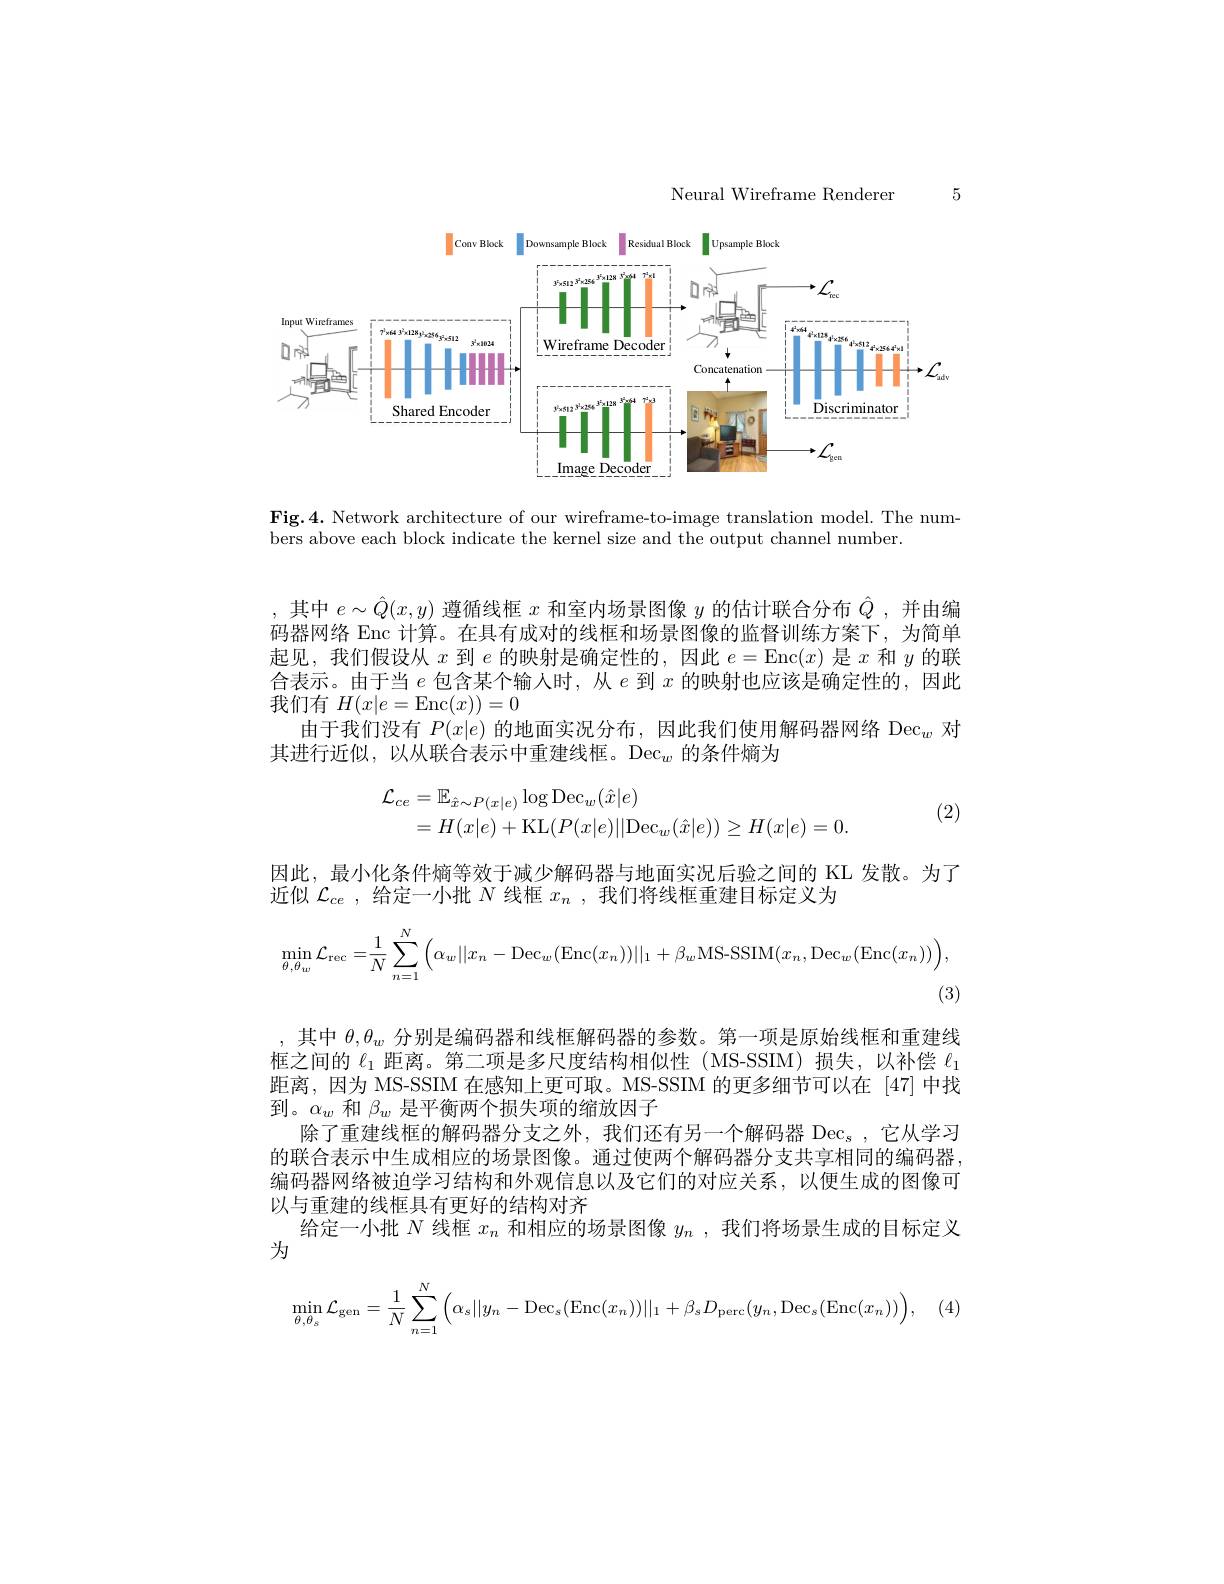
5

Neural Wireframe Renderer

<FigureHere>

Fig.4. Network architecture of our wireframe-to-image translation model. The nume
bers above each block indicate the kernel size and the output channel number.

,其中$e\sim\hat{Q}(x,y)$遵循线框$x$和室内场景图像$y$的估计联合分布$\hat{Q}$,并由编码器网络 Enc 计算。在具有成对的线框和场景图像的监督训练方案下，为简单起见，我们假设从$x$到$e$的映射是确定性的，因此$e=\operatorname{Enc}(x)$是$x$和$y$的联合表示。由于当$e$包含某个输人时，从$e$到$x$的映射也应该是确定性的，因此我们有$H(x|e=$Enc$(x))=0$
由于我们没有$P(x|e)$的地面实况分布，因此我们使用解码器网络 Dec$_w$对
其进行近似，以从联合表示中重建线框。Dec$_w$的条件熵为
$$\begin{aligned}\mathcal{L}_{ce}&=\mathbb{E}_{\hat{x}\sim P(x|e)}\log\mathrm{Dec}_{w}(\hat{x}|e)\\&=H(x|e)+\mathrm{KL}(P(x|e)||\mathrm{Dec}_{w}(\hat{x}|e))\geq H(x|e)=0.\end{aligned}$$
(2)

因此，最小化条件熵等效于减少解码器与地面实况后验之间的 KL 发散。为了
近似$\mathcal{L}_{ce}$,给定一小批$N$线框$x_n$ , 我 们 将 线 框 重 建 目 标 定 义 为
$$\min\limits_{\theta,\theta_{w}}\mathcal{L}_{\mathrm{rec}}=\frac{1}{N}\sum\limits_{n=1}^{N}\left(\alpha_{w}||x_{n}-\mathrm{Dec}_{w}(\mathrm{Enc}(x_{n}))||_{1}+\beta_{w}\mathrm{MS-SSIM}(x_{n},\mathrm{Dec}_{w}(\mathrm{Enc}(x_{n}))\right),$$
(3)

,其中$\theta,\theta_w$分别是编码器和线框解码器的参数。第一项是原始线框和重建线框之间的$\ell_1$距离。第二项是多尺度结构相似性(MS-SSIM)损失，以补偿$\ell_{1}$ 距离，因为 MS-SSIM 在感知上更可取。MS-SSIM 的更多细节可以在 [47]中找到。$\alpha_w$和$\beta_w$是平衡两个损失项的缩放因子
除了重建线框的解码器分支之外，我们还有另一个解码器$\mathrm{Dec}_s$,它从学习的联合表示中生成相应的场景图像。通过使两个解码器分支共享相同的编码器编码器网络被迫学习结构和外观信息以及它们的对应关系，以便生成的图像可以与重建的线框具有更好的结构对齐
给定一小批$N$线框$x_n$和相应的场景图像$y_n$ ,  我们将场景生成的目标定义
为
$$\min\limits_{\theta,\theta_s}\mathcal{L}_{\mathrm{gen}}=\frac{1}{N}\sum\limits_{n=1}^{N}\Big(\alpha_s||y_n-\mathrm{Dec}_s(\mathrm{Enc}(x_n))||_1+\beta_sD_{\mathrm{perc}}(y_n,\mathrm{Dec}_s(\mathrm{Enc}(x_n))\Big),$$